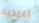
أعيديه